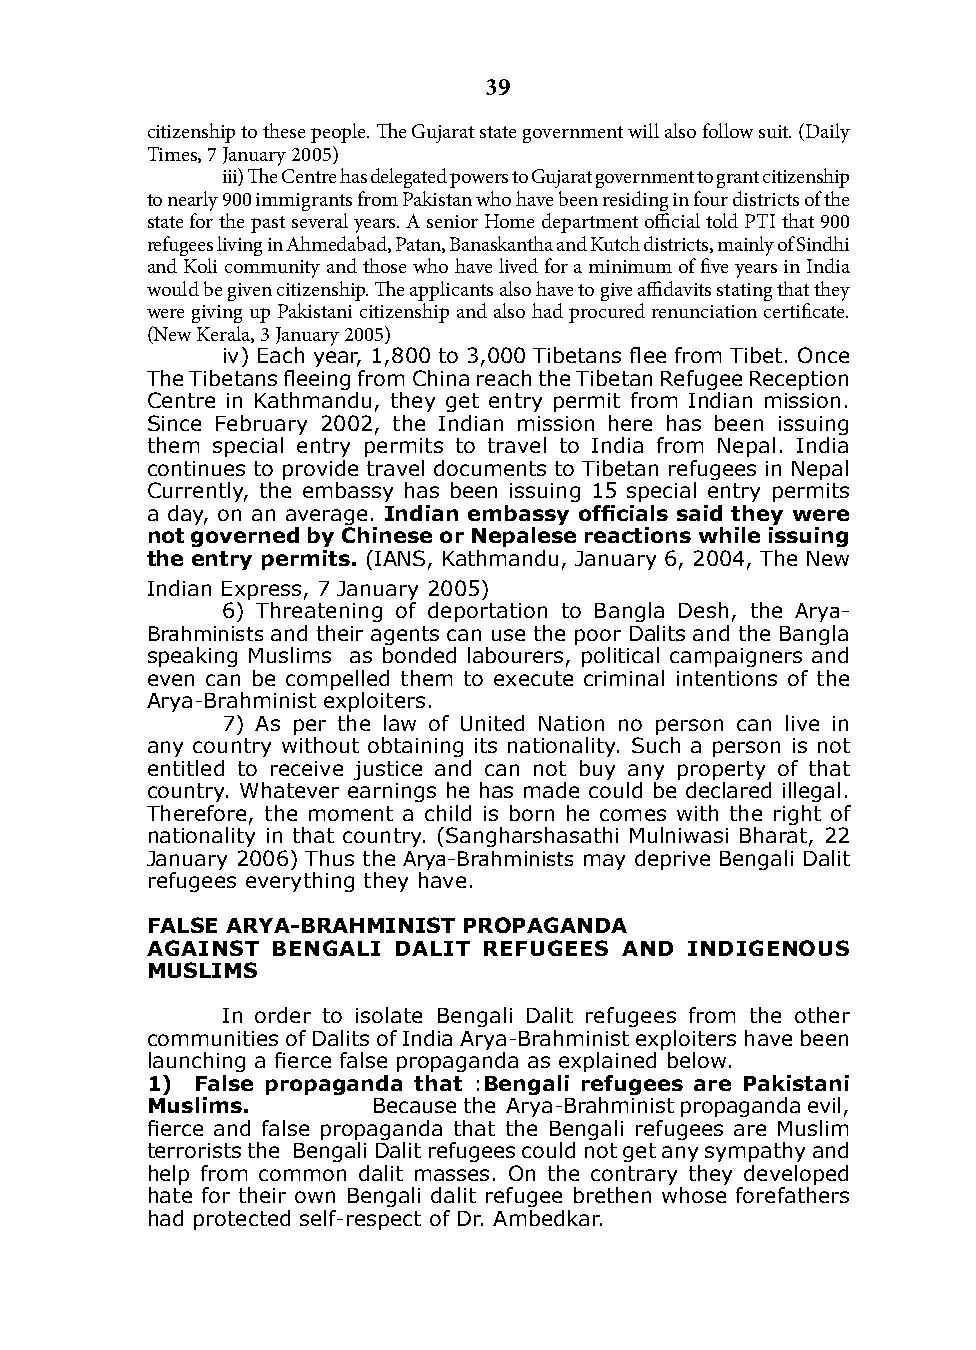
39
 citizenship to these people. The Gujarat state government will also follow suit. (Daily
 Times, 7 January 2005)
 iii) The Centre has delegated powers to Gujarat government to grant citizenship
 to nearly 900 immigrants from Pakistan who have been residing in four districts of the
 state for the past several years. A senior Home department official told PTI that 900
 refugees living in Ahmedabad, Patan, Banaskantha and Kutch districts, mainly of Sindhi
 and Koli community and those who have lived for a minimum of five years in India
 would be given citizenship. The applicants also have to give affidavits stating that they
 were giving up Pakistani citizenship and also had procured renunciation certificate.
 (New Kerala, 3 January 2005)
 iv) Each year, 1,800 to 3,000 Tibetans flee from Tibet. Once
 The Tibetans fleeing from China reach the Tibetan Refugee Reception
 Centre in kathmandu, they get entry permit from indian mission.
 Since February 2002, the indian mission here has been issuing
 them special entry permits to travel to india from Nepal. india
 continues to provide travel documents to Tibetan refugees in Nepal
 Currently, the embassy has been issuing 15 special entry permits
 a day, on an average. Indian embassy officials said they were
 not governed by chinese or nepalese reactions while issuing
 the entry permits. (iANS, kathmandu, January 6, 2004, The New
 indian Express, 7 January 2005)
 6) Threatening of deportation to Bangla desh, the Arya-
 Brahminists and their agents can use the poor dalits and the Bangla
 speaking Muslims as bonded labourers, political campaigners and
 even can be compelled them to execute criminal intentions of the
 Arya-Brahminist exploiters.
 7) As per the law of United Nation no person can live in
 any country without obtaining its nationality. Such a person is not
 entitled to receive justice and can not buy any property of that
 country. Whatever earnings he has made could be declared illegal.
 Therefore, the moment a child is born he comes with the right of
 nationality in that country. (Sangharshasathi Mulniwasi Bharat, 22
 January 2006) Thus the Arya-Brahminists may deprive Bengali dalit
 refugees everything they have.
 FAlsE ARyA-BRAHmInIsT PRoPAgAndA
 AgAInsT BEngAlI dAlIT REFugEEs And IndIgEnous
 muslIms
 in order to isolate Bengali dalit refugees from the other
 communities of dalits of india Arya-Brahminist exploiters have been
 launching a fierce false propaganda as explained below.
 1) False propaganda that :Bengali refugees are Pakistani
 muslims.       Because the Arya-Brahminist propaganda evil,
 fierce and false propaganda that the Bengali refugees are Muslim
 terrorists the Bengali dalit refugees could not get any sympathy and
 help from common dalit masses. On the contrary they developed
 hate for their own Bengali dalit refugee brethen whose forefathers
 had protected self-respect of dr. Ambedkar.